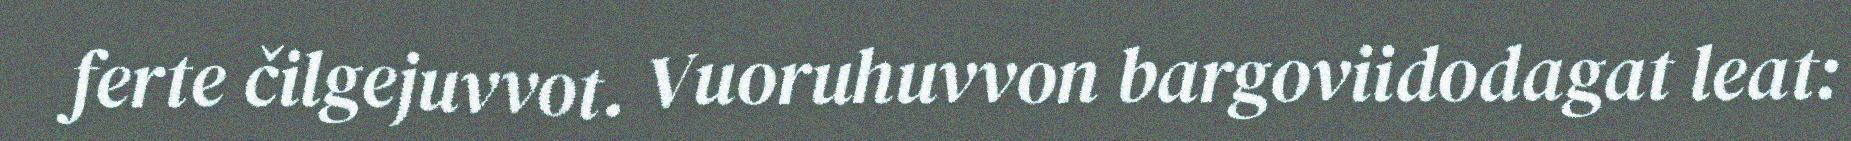
ferte čilgejuvvot. Vuoruhuvvon bargoviidodagat leat: